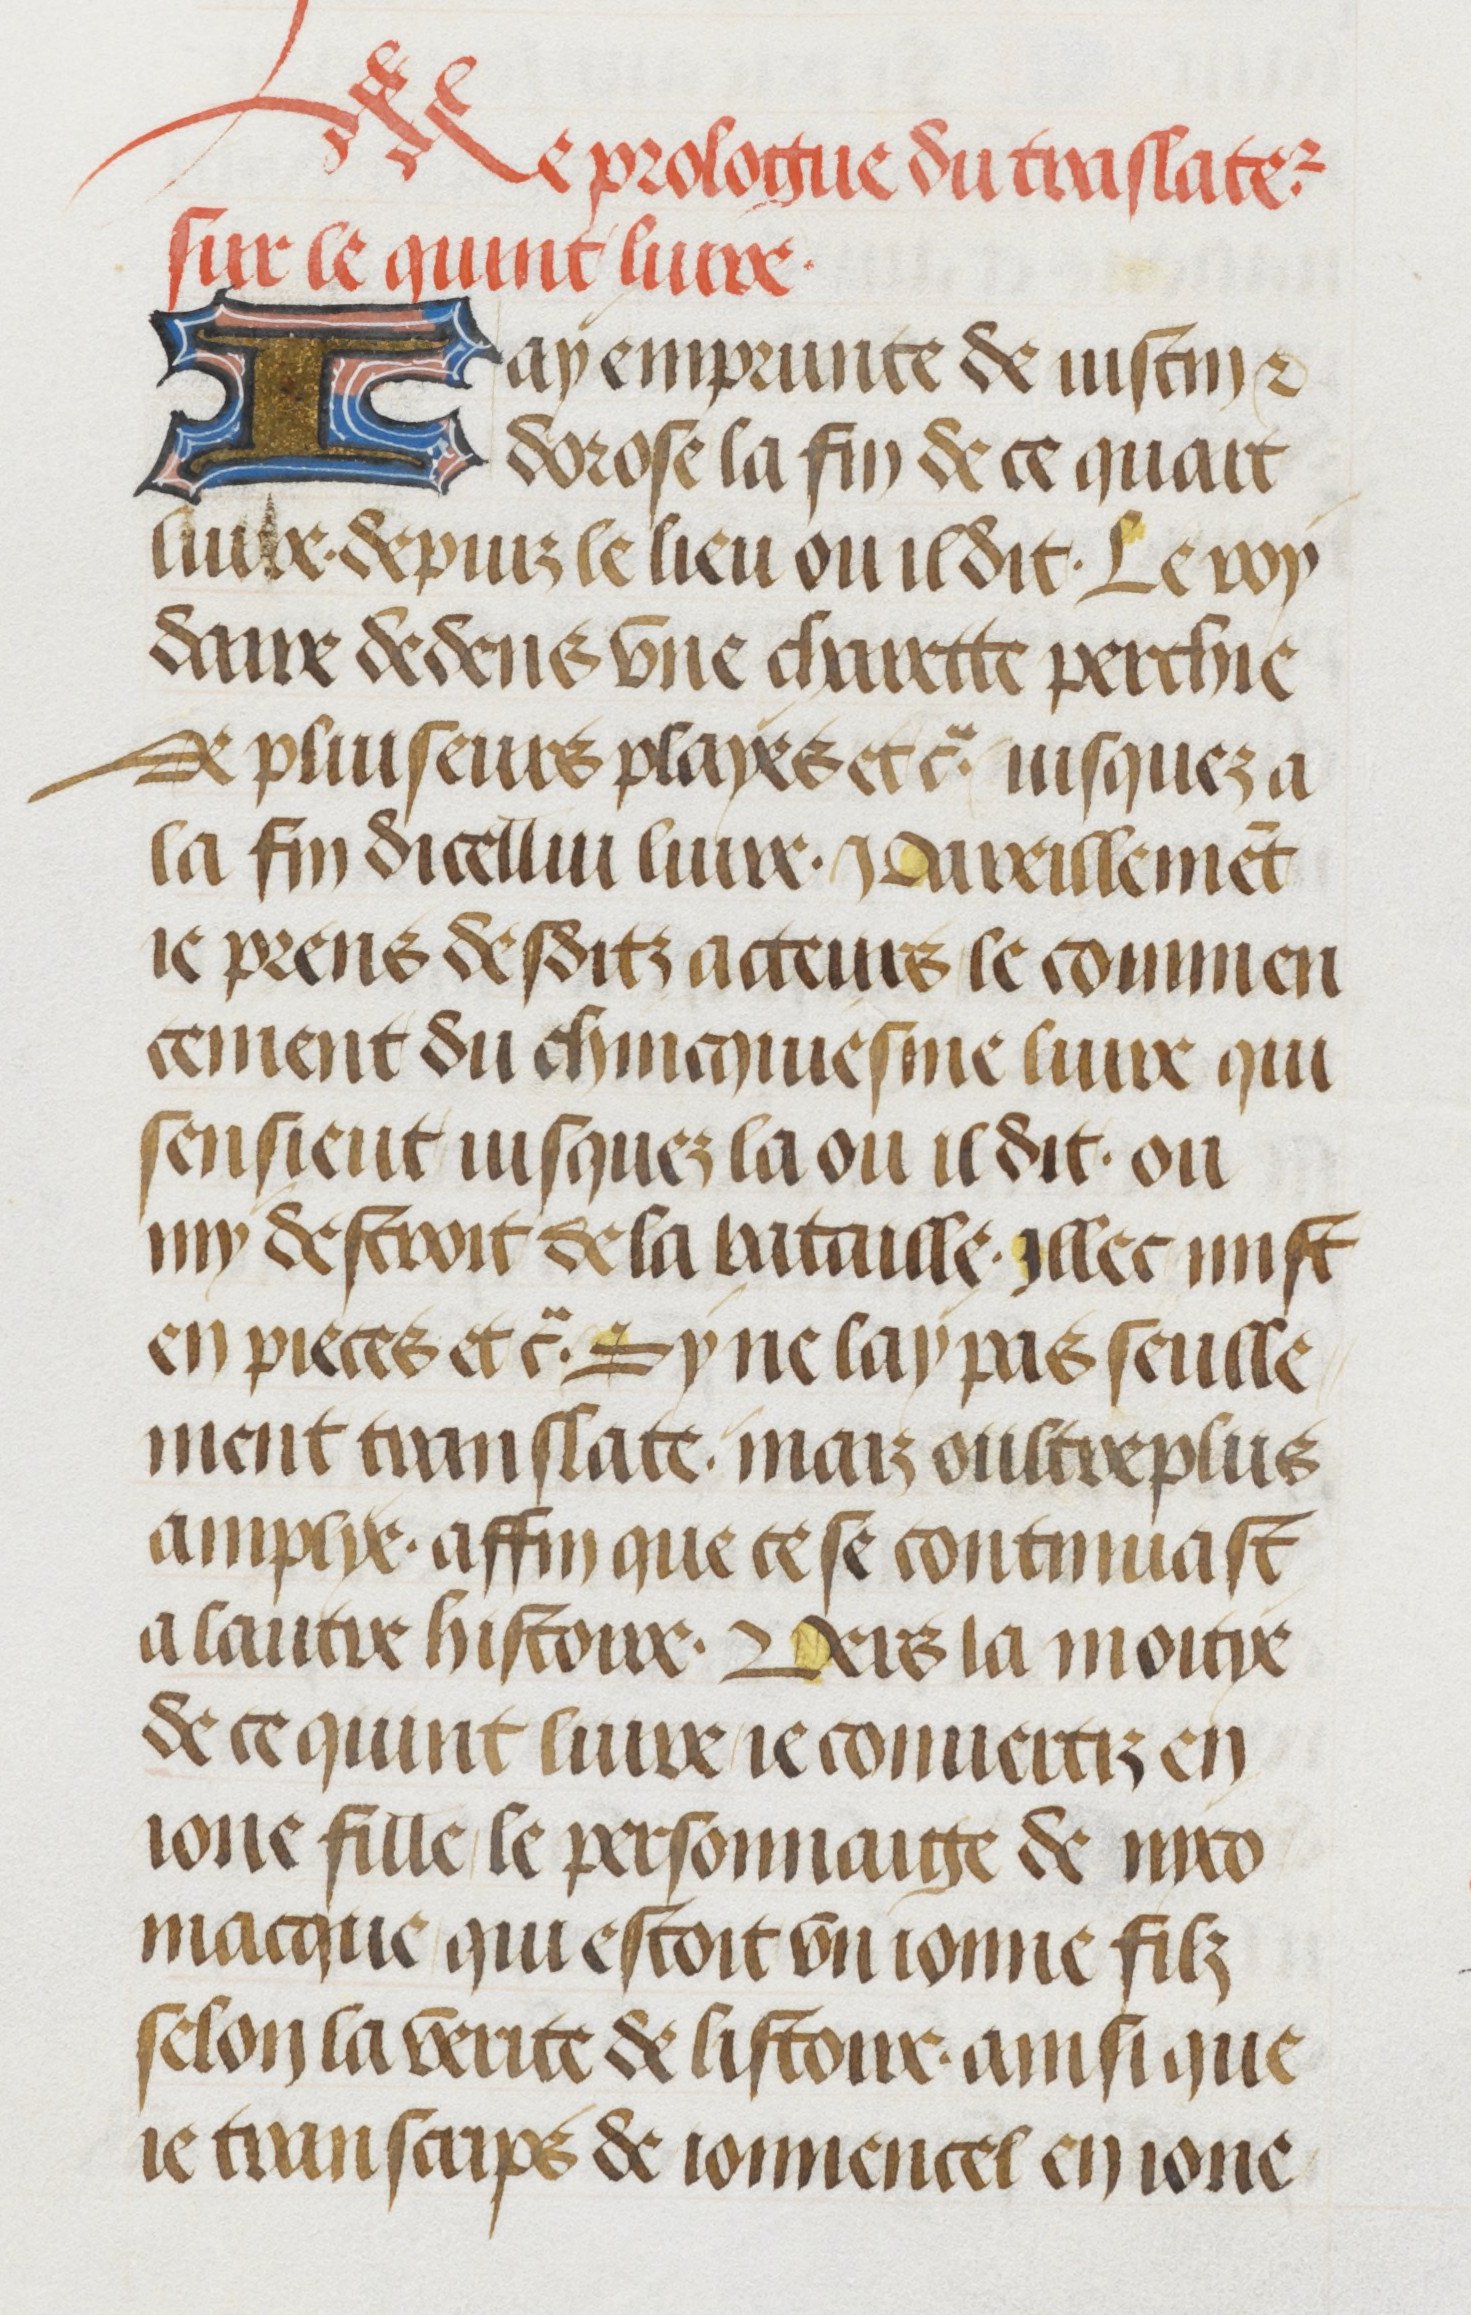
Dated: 1470–1499